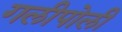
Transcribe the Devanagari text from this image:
गलीपोली